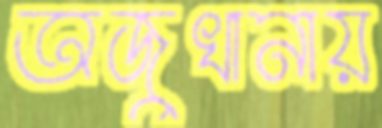
অজুখানায়